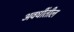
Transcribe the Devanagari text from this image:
अवधींतील